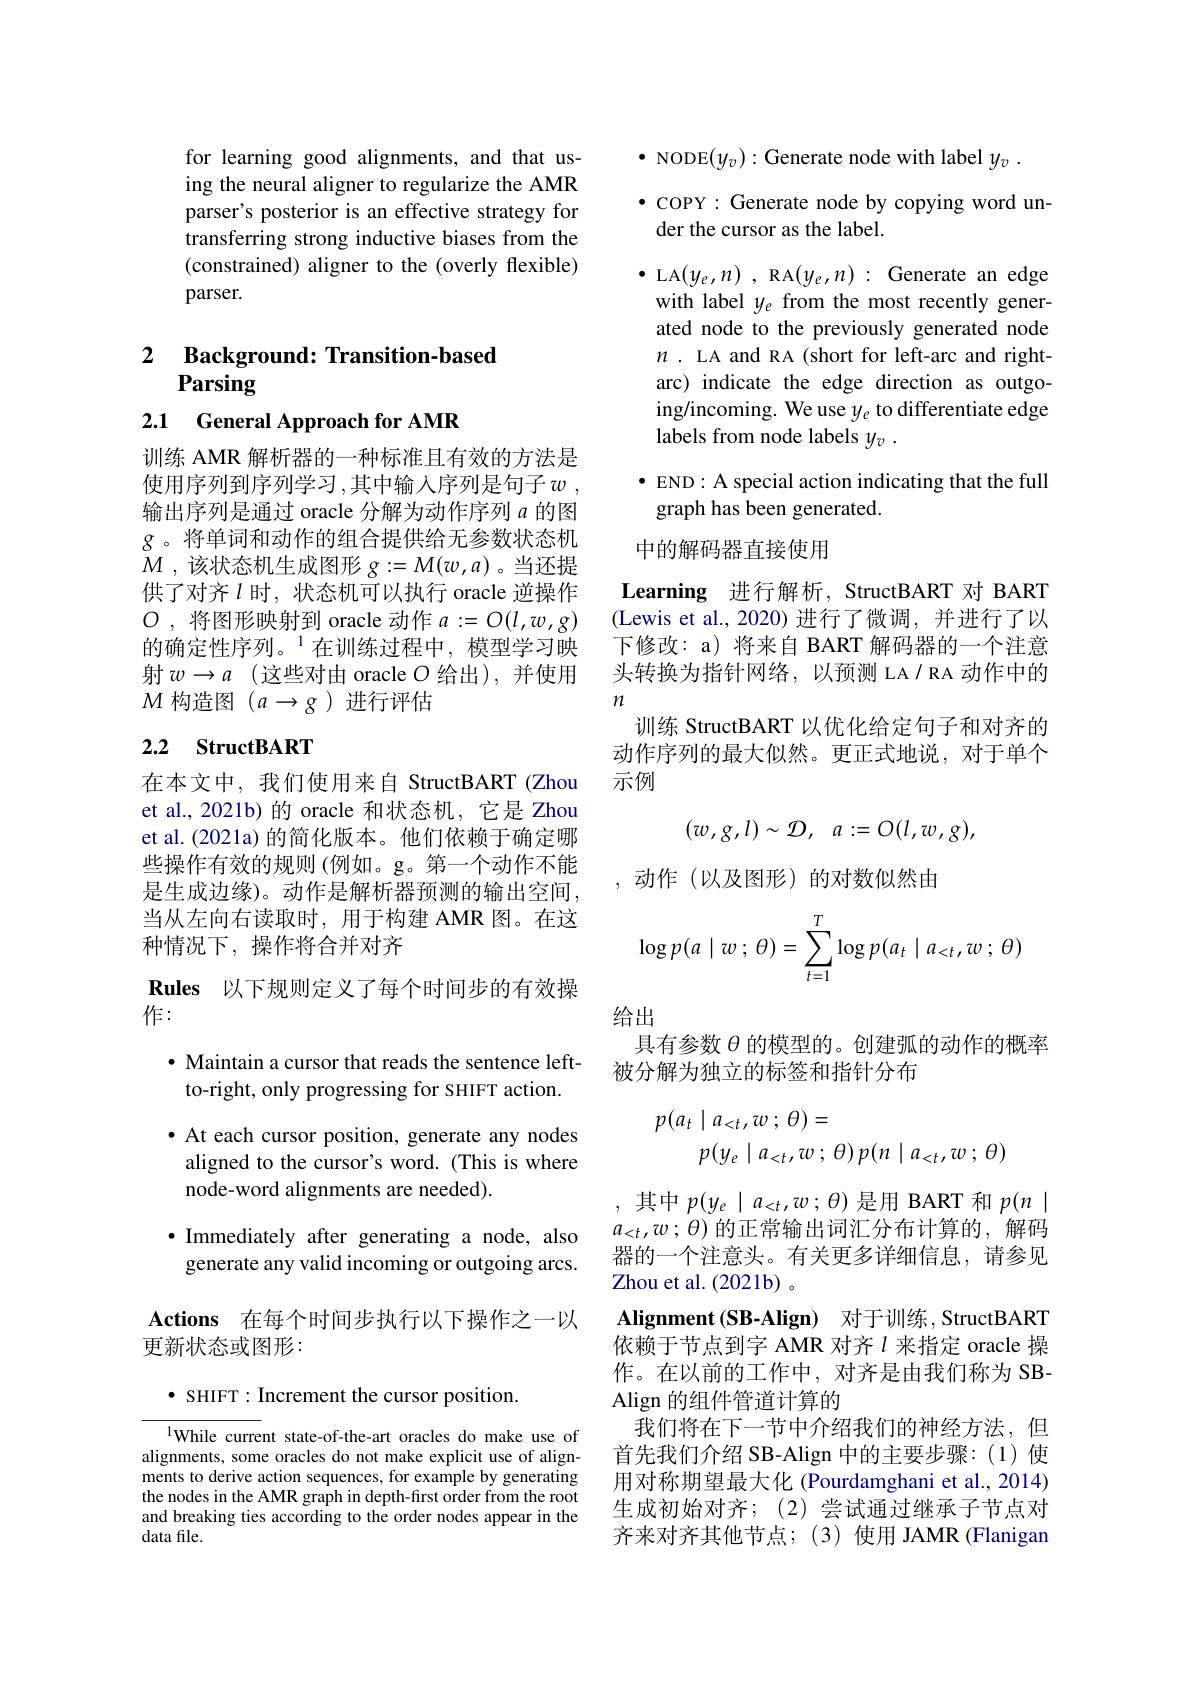
for learning good alignments, and that using the neural aligner to regularize the AMR parser's posterior is an effective strategy for transferring strong inductive biases from the (constrained) aligner to the (overly flexible) parser.

### 2 $\textbf{Background: Transition- based}$ Parsing

2.1 General Approach for AMR

训练 AMR 解析器的一种标准且有效的方法是使用序列到序列学习 ,其中输入序列是句子 $w$ , 输出序列是通过 oracle 分解为动作序列$a$的图$g$。将单词和动作的组合提供给无参数状态机$M$ , 该状态机生成图形 $g:=M(w,a)$ 。当还提供了对齐$l$时，状态机可以执行 oracle 逆操作$O$ ,将图形映射到 oracle 动作$a:=O(l,w,g)$ 的确定性序列。$^{1}$在训练过程中，模型学习映射$w\to a$ (这些对由 oracle O 给出),并使用$M$构造图$(a\to g)$进行评估

# 2.2 StructBART

在本文中，我们使用来自 StructBART (Zhou et al., 2021b) 的 oracle 和状态机，它是 Zhou et al.(2021a)的简化版本。他们依赖于确定哪些操作有效的规则 (例如。g。第一个动作不能是生成边缘)。动作是解析器预测的输出空间， 当从左向右读取时，用于构建 AMR 图。在这种情况下，操作将合并对齐
$\textbf{Rules 以 下 规 则 定 义 了 每 个 时 间 步 的 有 效 操 }$
作：

$\cdot$ Maintain a cursor that reads the sentence left-
to-right, only progressing for SHIFT action. $\bullet$ At each cursor position, generate any nodes aligned to the cursor's word. (This is where node-word alignments are needed).

·Immediately after generating a node, also
generate any valid incoming or outgoing arcs

$\mathbf{Actions}$ 在每个时间步执行以下操作之一以
更新状态或图形：

$\bullet$ SHIFT: Increment the cursor position.

$^{1}$While current state-of-the-art oracles do make use of alignments, some oracles do not make explicit use of alignments to derive action sequences, for example by generating the nodes in the AMR graph in depth-first order from the root and breaking ties according to the order nodes appear in the data file.

$\bullet$ NODE$(y_v):$Generate node with label $y_v.$

$\bullet$ COPY: Generate node by copying word un-
der the cursor as the label.

$\bullet$ LA$(y_e,n)$, RA$(y_e,n):$ Generate an edge with label $y_e$ from the most recently generated node to the previously generated node $n.$ LA and RA (short for left-arc and rightarc) indicate the edge direction as outgoing/incoming. We use $y_{e}$ to differentiate edge labels from node labels $y_v$ .

$\bullet$ END: A special action indicating that the full
graph has been generated.

中的解码器直接使用

Learning 进行解析，StructBART 对 BART (Lewis et al.,2020)进行了微调，并进行了以下修改：a) 将来自 BART 解码器的一个注意头转换为指针网络，以预测 LA/ RA 动作中的$n$
训练 StructBART 以优化给定句子和对齐的动作序列的最大似然。更正式地说，对于单个示例
$$(w,g,l)\sim\mathcal{D},\:a:=O(l,w,g),$$
,动作(以及图形)的对数似然由
$$\log p(a\mid w\:;\:\theta)=\sum_{t=1}^T\log p(a_t\mid a_{<t},w\:;\:\theta)$$
给出

具有参数$\theta$的模型的。创建弧的动作的概率
被分解为独立的标签和指针分布
$$\begin{aligned}p(a_t\mid a_{<t},w\:;\:\theta)&=\\p(y_e\mid a_{<t},w\:;\:\theta)\:p(n\mid a_{<t},w\:;\:\theta)\end{aligned}$$
,其中$p(y_e\mid a_{<t},w;\theta)$是用 BART 和$p(n\mid$ $a_{<t},w;\theta)$的正常输出词汇分布计算的，解码器的一个注意头。有关更多详细信息，请参见Zhou et al. ( 2021b) 。
$\mathbf{Alignment}( \mathbf{SB- Align})$ 对于训练，StructBART 依赖于节点到字 AMR 对齐$\iota$来指定 oracle 操作。在以前的工作中，对齐是由我们称为 SBAlign 的组件管道计算的
我们将在下一节中介绍我们的神经方法，但首先我们介绍 SB-Align 中的主要步骤：(1)使用对称期望最大化 (Pourdamghani et al., 2014) 生成初始对齐；(2)尝试通过继承子节点对齐来对齐其他节点；(3)使用 JAMR (Flanigan